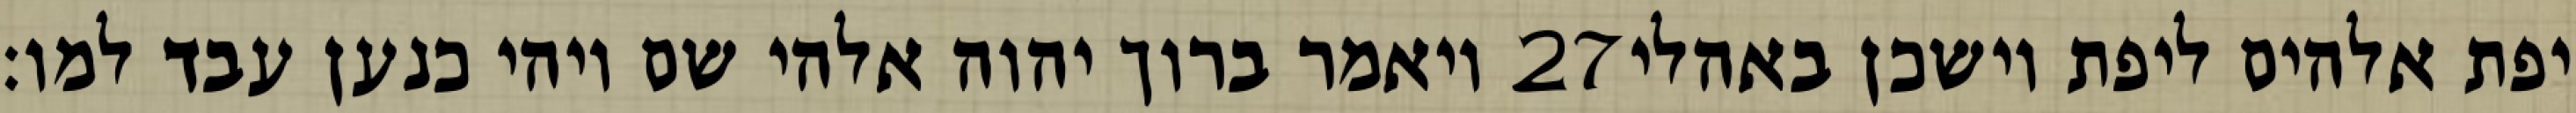
ויאמר ברוך יהוה אלהי שם ויהי כנען עבד למו׃ ‎27‏ יפת אלהים ליפת וישכן באהלי